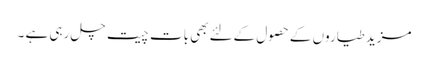
مزید طیاروں کےحصول کےلئےبھی بات چیت چل رہی ہے ۔